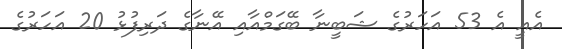
އެއީ އެ 53 އަހަރުގެ ޝަބީނާ ބޭގަމްއާއި އޭނާގެ ދަރިފުޅު 20 އަހަރުގެ